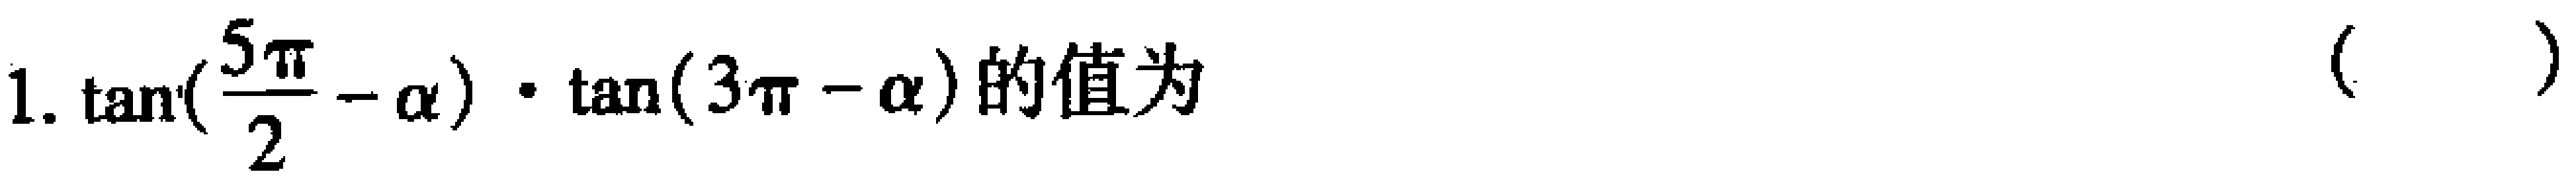
1. $\tan(\frac{5\pi}{2}-\alpha)\cdot\tan(3\pi - \alpha)$的值为（  ）